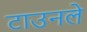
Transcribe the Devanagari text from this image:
टाउनले